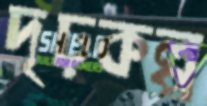
দৃঢ়কল্প